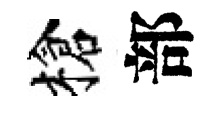
槍部